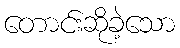
တောင်းဆိုခဲ့သော